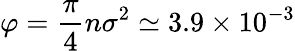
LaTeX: \varphi=\frac{\pi}{4}n\sigma^{2}\simeq 3.9\times 10^{-3}